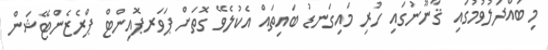
މި ބައްދަލުވުމުގައި ޤާނޫނުގައި ހުރި މައިގަނޑު ބައިތައް އެކުލެވޭ ގޮތަށް ޕަވަރޕޮއިންޓް ޕްރެޒެންޓޭޝަން